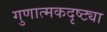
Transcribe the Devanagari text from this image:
गुणात्मकदृष्ट्या